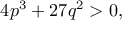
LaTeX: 4 p ^ { 3 } + 2 7 q ^ { 2 } > 0 ,